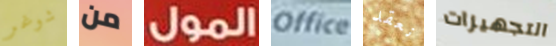
شوغر من المول Office نعقد التجهيزات